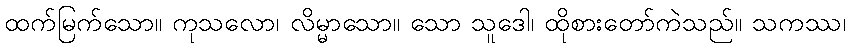
ထက်မြက်သော။ ကုသလော၊ လိမ္မာသော။ သော သူဒေါ၊ ထိုစားတော်ကဲသည်။ သကဿ၊